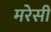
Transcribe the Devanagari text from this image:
मरेसी